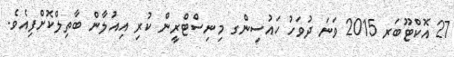
27 އޮކްޓޫބަރ 2015 ވަނަ ދުވަހު ހައުސިންގ މިނިސްޓްރީން ކުރި އިއުލާން ބާތިލްކޮށްފިއެވެ.